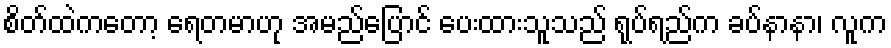
စိတ်ထဲကတော့ ရေတမာဟု အမည်ပြောင် ပေးထားသူသည် ရုပ်ရည်က ခပ်နာနာ၊ လူက